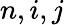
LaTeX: n,i,j